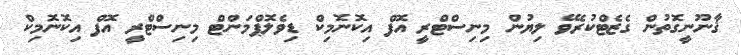
ޤާނޫނީގޮތުން ގެޒެޓްކުރެވޭ ލިޔުން މިނިސްޓްރީ އޮފް އިކޮނޮމިކް ޑިވެލޮޕްމަންޓް މިނިސްޓްރީ އޮފް އިކޮނޮމިކް